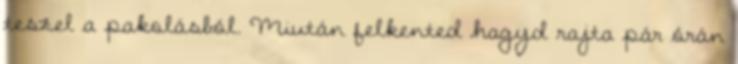
teszel a pakolásból. Miután felkented hagyd rajta pár órán